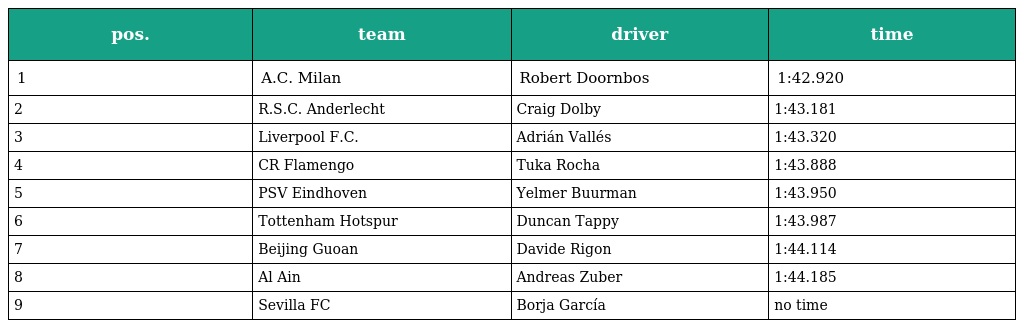
| pos. | team | driver | time |
 | --- | --- | --- | --- |
 | 1 | A.C. Milan | Robert Doornbos | 1:42.920 |
 | 2 | R.S.C. Anderlecht | Craig Dolby | 1:43.181 |
 | 3 | Liverpool F.C. | Adrián Vallés | 1:43.320 |
 | 4 | CR Flamengo | Tuka Rocha | 1:43.888 |
 | 5 | PSV Eindhoven | Yelmer Buurman | 1:43.950 |
 | 6 | Tottenham Hotspur | Duncan Tappy | 1:43.987 |
 | 7 | Beijing Guoan | Davide Rigon | 1:44.114 |
 | 8 | Al Ain | Andreas Zuber | 1:44.185 |
 | 9 | Sevilla FC | Borja García | no time |